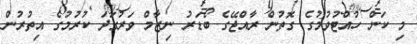
މި ކަން ހުއްޓުވުމުގެ ގޮތުން ރާއްޖޭގެ ބޯޑަރު ނިޒާމް ވަރުގަދަ ކުރުމުގެ އިތުރުން